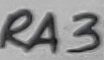
Text: RA3